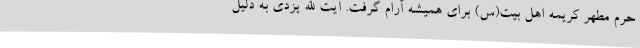
حرم مطهر کریمه اهل بیت(س) برای همیشه آرام گرفت. آیت الله یزدی به دلیل